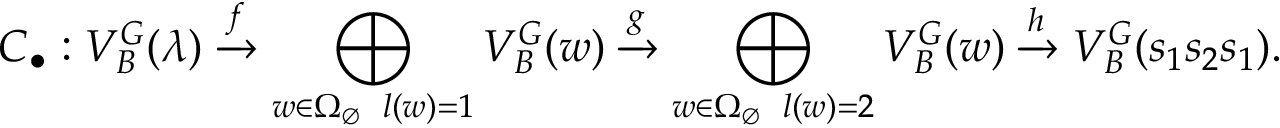
C _ { \bullet } : V _ { B } ^ { G } ( \lambda ) \xrightarrow { f } \bigoplus _ { \substack { w \in \Omega _ { \emptyset } \, \ l ( w ) = 1 } } V _ { B } ^ { G } ( w ) \xrightarrow { g } \bigoplus _ { \substack { w \in \Omega _ { \emptyset } \, \ l ( w ) = 2 } } V _ { B } ^ { G } ( w ) \xrightarrow { h } V _ { B } ^ { G } ( s _ { 1 } s _ { 2 } s _ { 1 } ) .